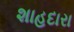
શાહદારા